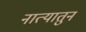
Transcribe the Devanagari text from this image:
नात्यातुन